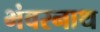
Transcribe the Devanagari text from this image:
भंवरनाथ